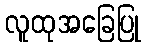
လူထုအခြေပြု